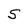
Character: S